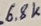
Text: 6.8K